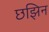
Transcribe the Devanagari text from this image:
छझिन